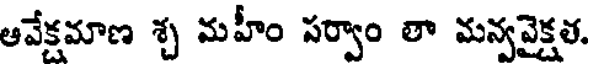
ఆవేక్షమాణ శ్చ మహీం సర్వాం తా మన్వవైక్షత.